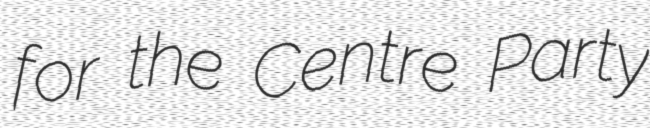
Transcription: for the Centre Party